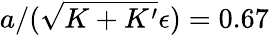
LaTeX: a/(\sqrt{K+K^{\prime}}\epsilon)=0.67